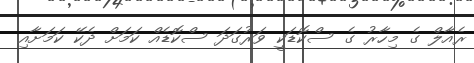
ރެއާލް ގެ މިހާރު ގެ ސްކޮޑަކީ ވަރުގަދަ ސްކޮޑެއް ކަމަށް ދެކޭ ކަމަށާއި